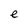
Character: e